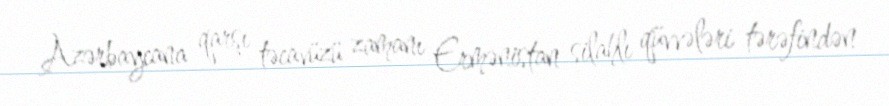
Azərbaycana qarşı təcavüzü zamanı Ermənistan silahlı qüvvələri tərəfindən